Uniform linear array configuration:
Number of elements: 12
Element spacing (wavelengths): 1
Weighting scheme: exponential
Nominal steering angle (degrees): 45
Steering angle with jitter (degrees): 44.105
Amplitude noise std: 0.05
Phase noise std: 0.05

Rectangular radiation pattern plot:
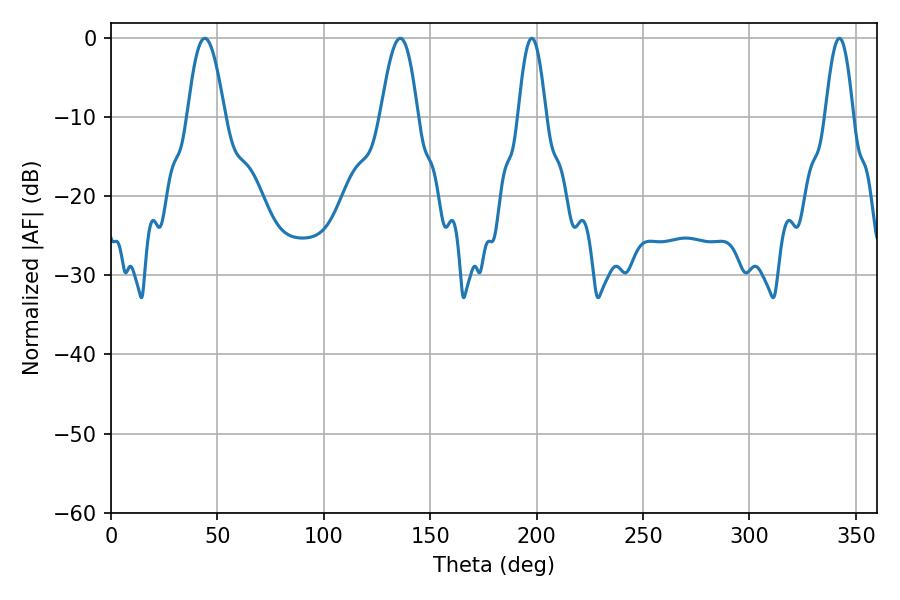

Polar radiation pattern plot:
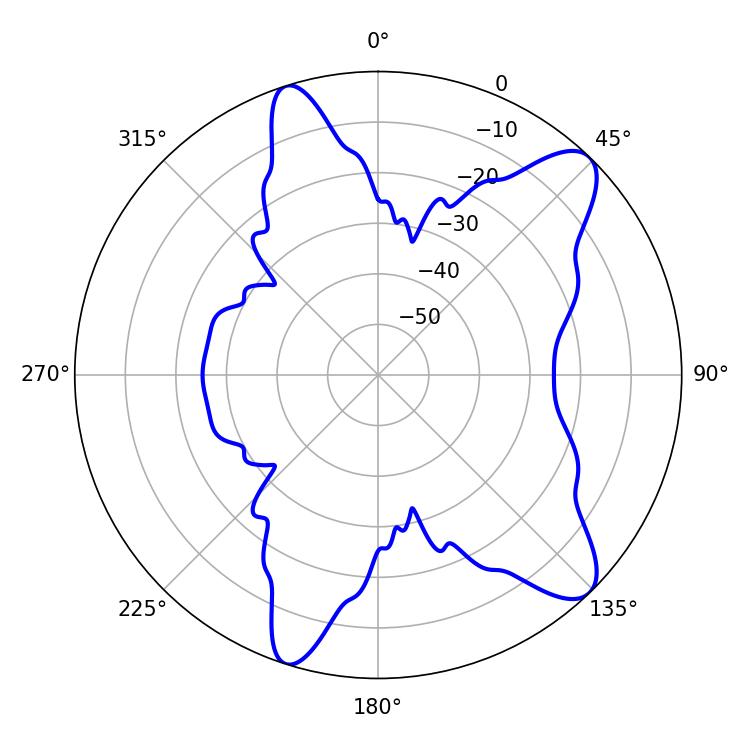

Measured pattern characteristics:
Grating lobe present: TRUE
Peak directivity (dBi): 10.403
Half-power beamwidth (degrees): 9.36
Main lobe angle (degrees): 44.1